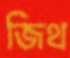
জিথ